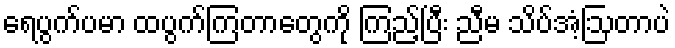
ရေပွက်ပမာ ထပွက်ကြတာတွေကို ကြည့်ပြီး ညီမ သိပ်အံ့ဩတာပဲ